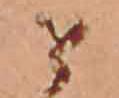
せ